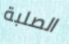
الصلبة